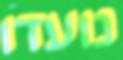
נועדו